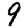
Digit: 9